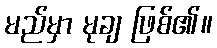
မည်မှာ မုချ ဖြစ်၏။